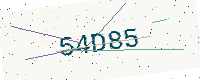
Text: 54D85